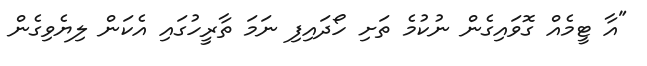
"އާ ޓީމެއް ގޮވައިގެން ނުކުމެ ތަށި ހޯދައިފި ނަމަ ތާރީހުގައި އެކަން ލިޔެވިގެން